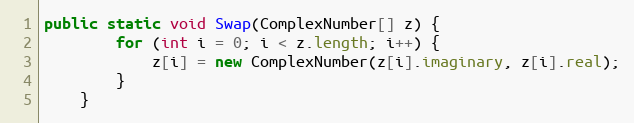
Language: Java
public static void Swap(ComplexNumber[] z) {
        for (int i = 0; i < z.length; i++) {
            z[i] = new ComplexNumber(z[i].imaginary, z[i].real);
        }
    }